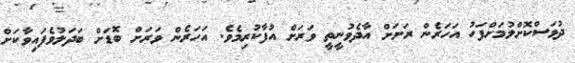
ދުވަސްކޮށްލުމަށްފަހު އަހަރެން ރަށަށް އާދެވުނީތީ ވަރަށް އުފާކުރިމެވެ. އަހަރެން ވަރަށް ބޮޑަށް ބަދަލުވެފައިވާކަށް